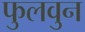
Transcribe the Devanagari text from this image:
फुलवुन